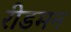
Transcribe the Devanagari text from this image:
रीडमन